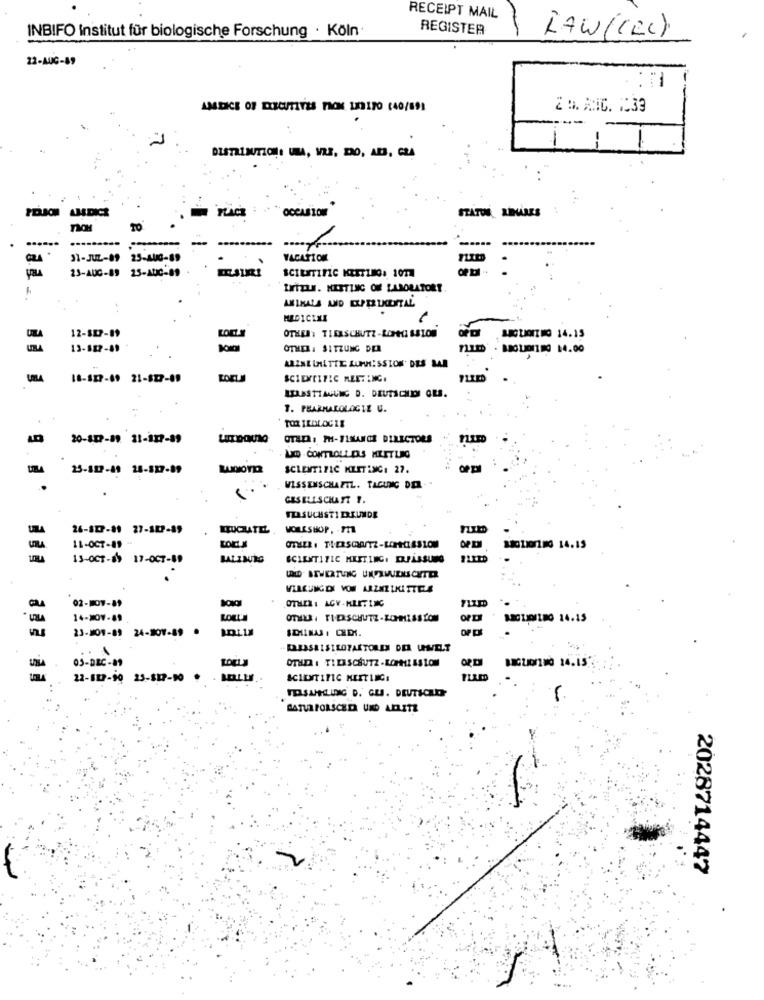
RECEIPT MAIL
REGISTER
INBIFO Institut für biologische Forschung · Köln
RAW (CRC)
22-AUG-89
: 1
ANDICE OF EXECUTIVES TRON 107180 (40/89)
2 . AIC. 1:33
OCCASION
STATUS LINARES
..
31-JUL-89
25-AUG-89
23-AUC-89 25-AUC-89
INTEL. KESTING OF LABORATORY
ANIMALS AND DUPERUKEITAL
12-80-89
OTHER: TIERSCHUTZ-KOMMISSION
BAGUIOIT MG 14.15
13-887-89
OTHER: SITZUNG DER
ARZNEINETTE SUMMISSION' DES BAR
18-827-69 21-827-89
SCIENTIFIC MEETING.
ITLASTTAGUNG D. DEUTSCHDI QUE.
1. PHARMACOLOGIE U.
TOXIKOLOGIE
20-807-89 11-127-89
OTADA: PH-FINANCE DIRECTORS
. LID . CONTROLL DAS MEETLIG
25-887-81 28-827-89
SCLENT171C KLETIMG: 27.
WISSENSCHAFTL. TAGUNG DEL-
GESELLSCHAFT I.
VERSUCHST1 ERKUNDE
26-807-81 27-182-89
EUQUATEL
WORKSHOP, . PT
11-OCT-89-
2010 180 14.15
LOLA
15-OCT-89 17-OCT-89
BALINTAG
SCIENTIFIC MEETING. ERFASSUNG
WIRKUNGDY VON ARZNEIMITTEL
02-107-81
14-107-89
MEGLIOFINO 14.15
23-101-89 24-207-89 .
SCHINAS I CHEX.
05-DEC-81
OTHER . TIERSCHUTZ-KOMMISSION
BAGLIONIMO 14.15
22-817-90 23-317-10
TOSUHELDNIC D. GUJ. DEUTSCHEN
2028714447